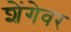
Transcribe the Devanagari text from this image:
शेंगेवर